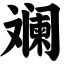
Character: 斓